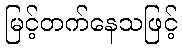
မြင့်တက်နေသဖြင့်